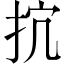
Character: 抭